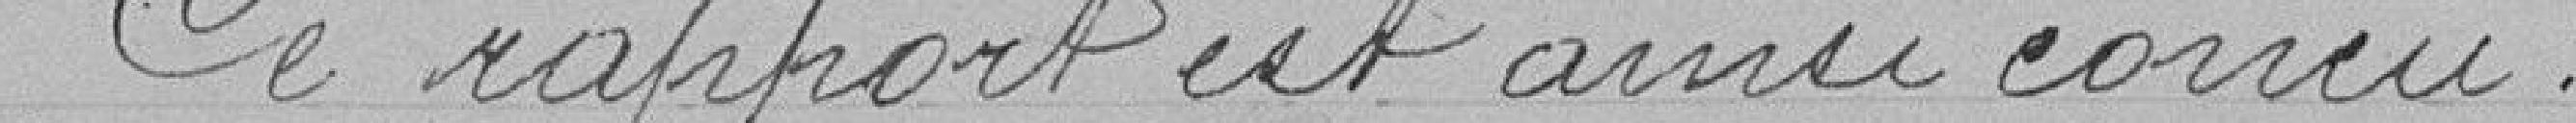
Ce rapport est ainsi conçu